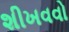
શીખવવો